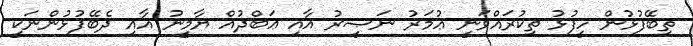
ތިބޭފުޅުން ހީފުޅު ތިކުރައްވަނީ ޢުމަރު ނަޞީރު އާއި ޢަބްދުއް ޔާމީނު އާއި ދެބޭފުޅުންނަކީ